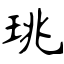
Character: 珧